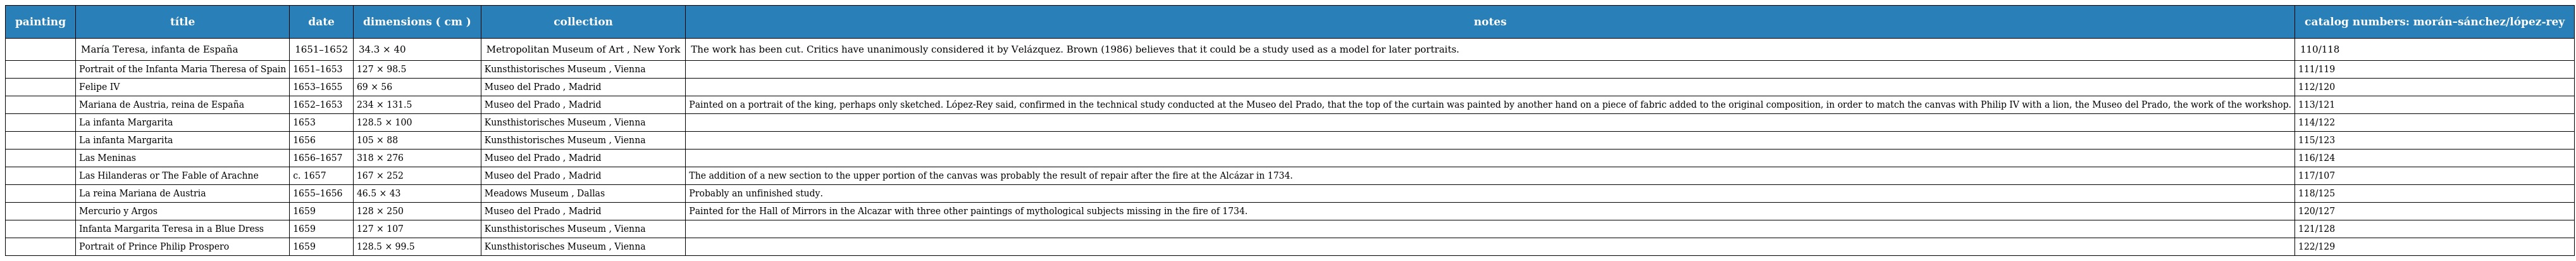
| painting | títle | date | dimensions ( cm ) | collection | notes | catalog numbers: morán–sánchez/lópez-rey |
 | --- | --- | --- | --- | --- | --- | --- |
 |  | María Teresa, infanta de España | 1651–1652 | 34.3 × 40 | Metropolitan Museum of Art , New York | The work has been cut. Critics have unanimously considered it by Velázquez. Brown (1986) believes that it could be a study used as a model for later portraits. | 110/118 |
 |  | Portrait of the Infanta Maria Theresa of Spain | 1651–1653 | 127 × 98.5 | Kunsthistorisches Museum , Vienna |  | 111/119 |
 |  | Felipe IV | 1653–1655 | 69 × 56 | Museo del Prado , Madrid |  | 112/120 |
 |  | Mariana de Austria, reina de España | 1652–1653 | 234 × 131.5 | Museo del Prado , Madrid | Painted on a portrait of the king, perhaps only sketched. López-Rey said, confirmed in the technical study conducted at the Museo del Prado, that the top of the curtain was painted by another hand on a piece of fabric added to the original composition, in order to match the canvas with Philip IV with a lion, the Museo del Prado, the work of the workshop. | 113/121 |
 |  | La infanta Margarita | 1653 | 128.5 × 100 | Kunsthistorisches Museum , Vienna |  | 114/122 |
 |  | La infanta Margarita | 1656 | 105 × 88 | Kunsthistorisches Museum , Vienna |  | 115/123 |
 |  | Las Meninas | 1656–1657 | 318 × 276 | Museo del Prado , Madrid |  | 116/124 |
 |  | Las Hilanderas or The Fable of Arachne | c. 1657 | 167 × 252 | Museo del Prado , Madrid | The addition of a new section to the upper portion of the canvas was probably the result of repair after the fire at the Alcázar in 1734. | 117/107 |
 |  | La reina Mariana de Austria | 1655–1656 | 46.5 × 43 | Meadows Museum , Dallas | Probably an unfinished study. | 118/125 |
 |  | Mercurio y Argos | 1659 | 128 × 250 | Museo del Prado , Madrid | Painted for the Hall of Mirrors in the Alcazar with three other paintings of mythological subjects missing in the fire of 1734. | 120/127 |
 |  | Infanta Margarita Teresa in a Blue Dress | 1659 | 127 × 107 | Kunsthistorisches Museum , Vienna |  | 121/128 |
 |  | Portrait of Prince Philip Prospero | 1659 | 128.5 × 99.5 | Kunsthistorisches Museum , Vienna |  | 122/129 |